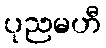
ပုညမဟီ